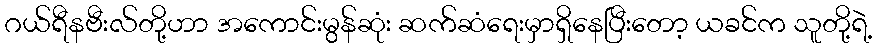
ဂယ်ရီနဗီးလ်တို့ဟာ အကောင်းမွန်ဆုံး ဆက်ဆံရေးမှာရှိနေပြီးတော့ ယခင်က သူတို့ရဲ့